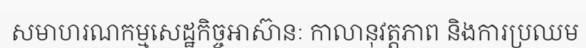
សមាហរណកម្មសេដ្ឋកិច្ចអាស៊ានៈ កាលានុវត្តភាព និងការប្រឈម